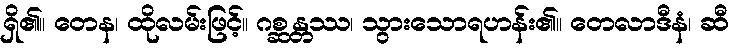
ရှိ၏။ တေန၊ ထိုလမ်းဖြင့်။ ဂစ္ဆန္တဿ၊ သွားသောရဟန်း၏။ တေလာဒီနံ၊ ဆီ